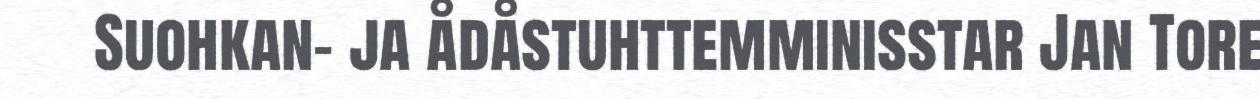
Suohkan- ja ådåstuhttemminisstar Jan Tore